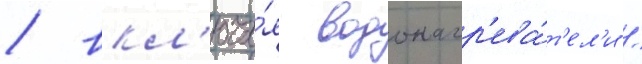
/ вкл'юча́я водонагр'ева́т'ел'и /